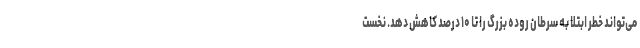
می‌تواند خطر ابتلا به سرطان روده بزرگ را تا ۱۰ درصد کاهش دهد. نخست